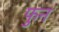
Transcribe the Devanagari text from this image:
फुन